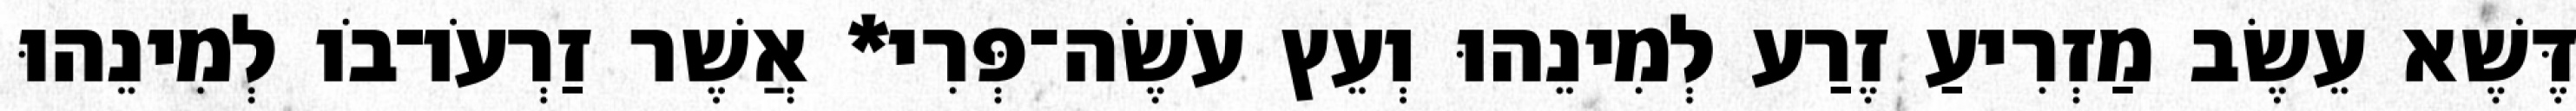
דֶּשֶׁא עֵשֶׂב מַזְרִיעַ זֶרַע לְמִינֵהוּ וְעֵץ עֹשֶׂה־פְּרִי* אֲשֶׁר זַרְעֹו־בֹו לְמִינֵהוּ